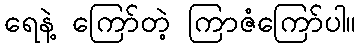
ရေနဲ့ ကြော်တဲ့ ကြာဇံကြော်ပါ။